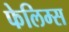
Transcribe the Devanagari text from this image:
फेलिम्स